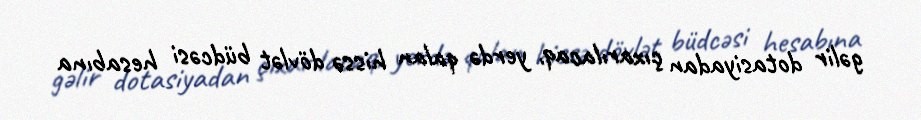
gəlir dotasiyadan çıxarılacaq, yerdə qalan hissə dövlət büdcəsi hesabına